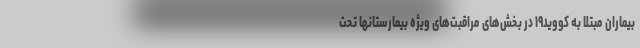
بیماران مبتلا به کووید۱۹ در بخش‌های مراقبت‌های ویژه بیمارستانها تحت